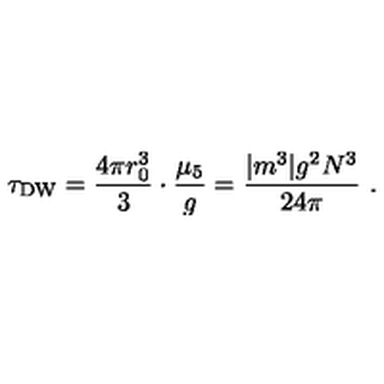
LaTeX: \tau _ { \mathrm { D W } } = \frac { 4 \pi r _ { 0 } ^ { 3 } } { 3 } \cdot \frac { \mu _ { 5 } } { g } = \frac { | m ^ { 3 } | g ^ { 2 } N ^ { 3 } } { 2 4 \pi } \ .